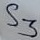
Text: S3